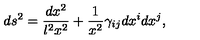
d s ^ { 2 } = \frac { d x ^ { 2 } } { l ^ { 2 } x ^ { 2 } } + \frac 1 { x ^ { 2 } } \gamma _ { i j } d x ^ { i } d x ^ { j } ,